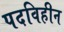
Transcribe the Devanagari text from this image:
पदविहीन